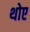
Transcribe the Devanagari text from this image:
थोए